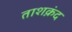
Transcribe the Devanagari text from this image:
ताशक़ंद